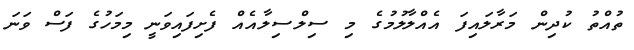
ތުއްތު ކުދިން މަރާލައިފަ އެއްލާލުމުގެ މި ސިލްސިލާއެއް ފެށިފައިވަނީ މިމަހުގެ ފަސް ވަނަ